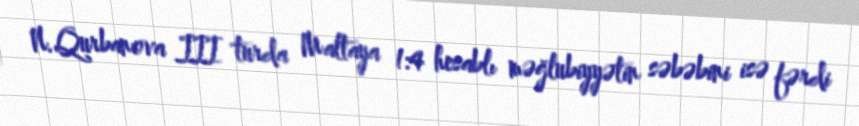
N.Qurbanova III turda Maltaya 1:4 hesablı məğlubiyyətin səbəbini isə fərdi